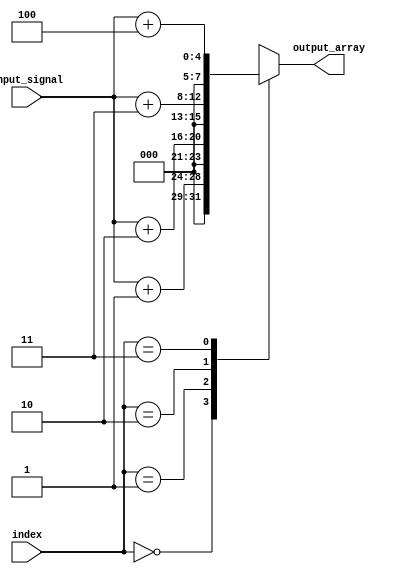
module array_continuous_assignment (
    input wire [3:0] input_signal,  // 4-bit input signal
    input wire [1:0] index,         // 2-bit index for array access
    output wire [7:0] output_array   // 8-bit output array
);

    // Array declaration with a fixed size of 4 elements, each 8 bits wide
    reg [7:0] my_array [0:3];

    // Continuous assignment to the array elements
    assign my_array[0] = input_signal + 8'h01; // Assign value based on input_signal
    assign my_array[1] = input_signal + 8'h02; // Assign value based on input_signal
    assign my_array[2] = input_signal + 8'h03; // Assign value based on input_signal
    assign my_array[3] = input_signal + 8'h04; // Assign value based on input_signal

    // Output assignment based on the index
    assign output_array = my_array[index]; // Output the selected array element

    // Initial block for array initialization (optional)
    initial begin
        my_array[0] = 8'h00; // Initialize first element
        my_array[1] = 8'h00; // Initialize second element
        my_array[2] = 8'h00; // Initialize third element
        my_array[3] = 8'h00; // Initialize fourth element
    end

endmodule